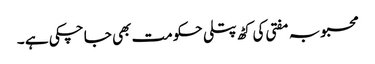
محبوبہ مفتی کی کٹھ پتلی حکومت بھی جا چکی ہے ۔